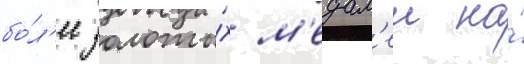
бо́л'ее золоты́х м'едал'еи на́